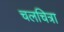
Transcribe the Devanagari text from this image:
चलचित्रा